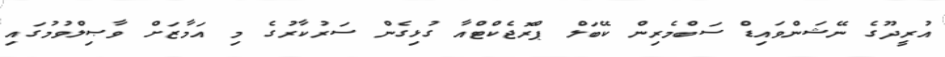
އުރީދޫގެ ނޭޝަންވައިޑް ސަބްމެރިން ކޭބަލް ޕްރޮޖެކްޓްއާ ގުޅިގެން ސަރުކާރުގެ މި އަމާޒަށް ވާޞިލްވުމުގައި